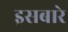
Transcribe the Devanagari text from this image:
इसबारे